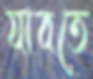
যাবতে